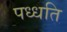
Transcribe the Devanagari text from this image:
पध्धति